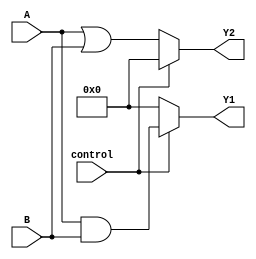
module CombinationalLogicOverlap (
    input wire [3:0] A,          // Shared Inputs
    input wire [3:0] B,          // Shared Inputs
    input wire control,           // Control signal for multiplexing
    output wire [3:0] Y1,        // Output from Logic Function 1
    output wire [3:0] Y2         // Output from Logic Function 2
);

// Intermediate signals for overlapping logic functions
wire [3:0] func1, func2;

// Logic Function Grouping
assign func1 = A & B;          // Function 1: AND operation
assign func2 = A | B;          // Function 2: OR operation

// Multiplexing Outputs based on Control Signal
assign Y1 = (control) ? func1 : 4'b0000; // Output Y1 based on control
assign Y2 = (~control) ? func2 : 4'b0000; // Output Y2 based on control

endmodule